Scottish Leaving Certificate Examination, 1958
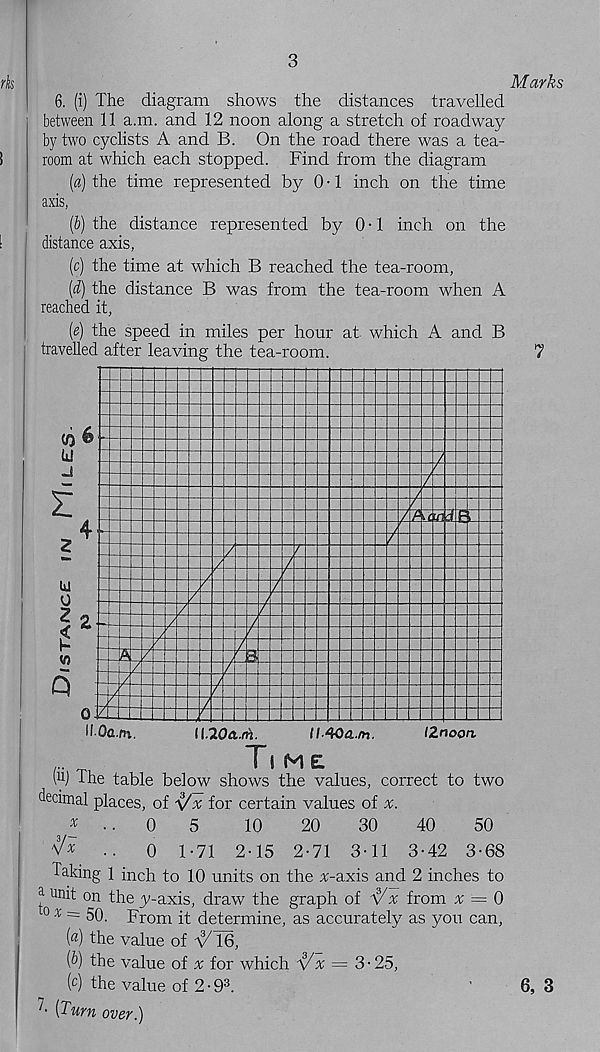
3
Marks
6. (i) The diagram shows the distances travelled
between 11 a.m. and 12 noon along a stretch of roadway
by two cyclists A and B. On the road there was a tea-
room at which each stopped. Find from the diagram
[a) the time represented by 0 • 1 inch on the time
axis,
(&) the distance represented by 0-1 inch on the
distance axis,
(c) the time at which B reached the tea-room,
[d) the distance B was from the tea-room when A
reached it,
(e) the speed in miles per hour at. which A and B
travelled after leaving the tea-room.
(iij The table below shows the values, correct to two
decimal places, of \/x for certain values of x.
*..0
5
10
20
30
40
50
••
0 1-71 2-15 2-71 3-11 3-42 3-68
Taking 1 inch to 10 units on the ^-axis and 2 inches to
3- unit on the y-axis, draw the graph of ^x from x = 0
0 x = 50. From it determine, as accurately as you can,
(«) the value of ^ 16,
(fr) the value of rr for which ^x = 3-25,
(c) the value of 2-9 3 .
^ (Turn over.)
7
6, 3